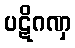
ပဋိဂဏှ